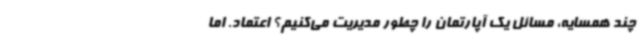
چند همسایه، مسائل یک آپارتمان را چطور مدیریت می‌کنیم؟ اعتماد. اما